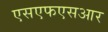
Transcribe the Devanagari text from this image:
एसएफएसआर